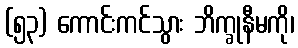
(၅၃) ကောင်းကင်သွား ဘိက္ခုနီမကို၊